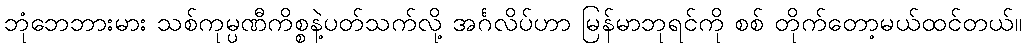
ဘုံဘေဘားမား သစ်ကုမ္ပဏီကိစ္စနဲ့ပတ်သက်လို့ အင်္ဂလိပ်ဟာ မြန်မာဘုရင်ကို စစ် တိုက်တော့မယ်ထင်တယ်။